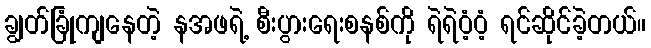
ချွတ်ခြုံကျနေတဲ့ နအဖရဲ့ စီးပွားရေးစနစ်ကို ရဲရဲဝံ့ဝံ့ ရင်ဆိုင်ခဲ့တယ်။